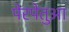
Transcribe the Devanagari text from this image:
पेरपेतुआ